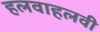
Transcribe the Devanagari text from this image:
हलवाहलवी